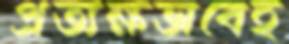
প্রত্যক্ষভাবেই